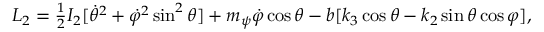
\begin{array} { r } { L _ { 2 } = \frac 1 2 I _ { 2 } [ \dot { \theta } ^ { 2 } + \dot { \varphi } ^ { 2 } \sin ^ { 2 } \theta ] + m _ { \psi } \dot { \varphi } \cos \theta - b [ k _ { 3 } \cos \theta - k _ { 2 } \sin \theta \cos \varphi ] , } \end{array}